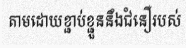
តាមដោយខ្ជាប់ខ្ជួននឹងជំនឿរបស់